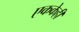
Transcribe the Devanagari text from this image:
एककेही